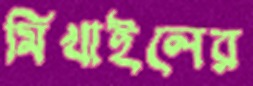
মিখাইলের